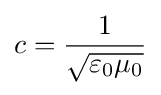
c={\frac {1}{\sqrt {\varepsilon _{0}\mu _{0}}}}